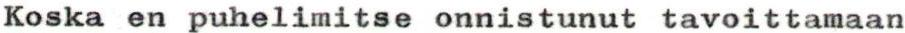
Koska en puhelimitse onnistunut tavoittamaan